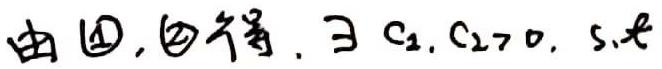
由 $\textcircled{4}$, $\textcircled{4}$ 行得. $\exists c_{2}, c_{2}>0$, s.t